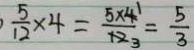
\frac { 5 } { 1 2 } \times 4 = \frac { 5 \times 4 1 } { 1 2 3 } = \frac { 5 } { 3 }